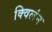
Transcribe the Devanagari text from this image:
क्विलंन